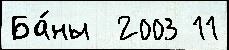
Ба́ны  2003 11